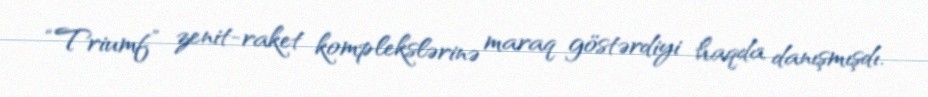
“Triumf” zenit-raket komplekslərinə maraq göstərdiyi haqda danışmışdı.